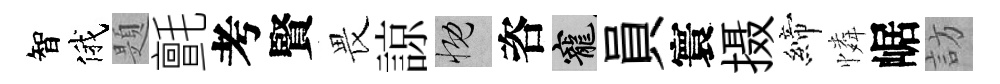
智俄題氈考賢畏諒慨咨寵員寰摄締憐崌訪